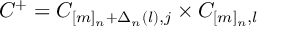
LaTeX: C ^ { + } = C _ { [ m ] _ { n } + \Delta _ { n } ( l ) , j } \times C _ { [ m ] _ { n } , l }